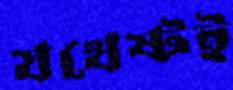
যথেষ্টই